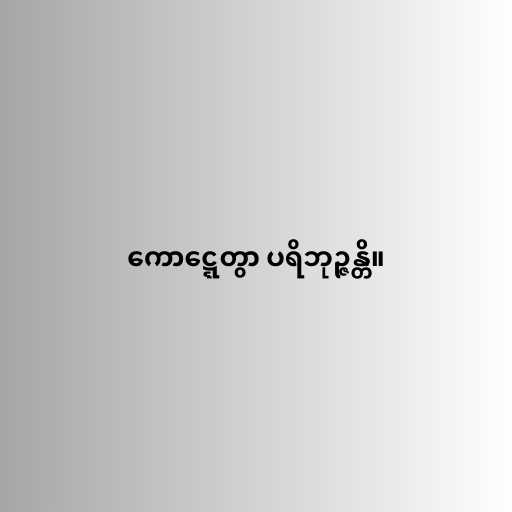
ကောဋ္ဋေတွာ ပရိဘုဉ္ဇန္တိ။